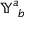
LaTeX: \mathbb { Y } _ { ~ b } ^ { a }